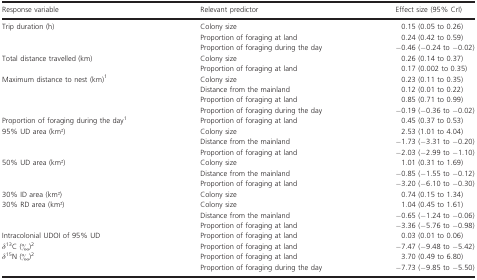
<table><thead><tr><td><b>Response variable</b></td><td><b>Relevant predictor</b></td><td><b>Effect size (95% CrI)</b></td></tr></thead><tbody><tr><td rowspan="3">Trip duration (h)</td><td>Colony size</td><td>0.15 (0.05 to 0.26)</td></tr><tr><td>Proportion of foraging at land</td><td>0.24 (0.42 to 0.59)</td></tr><tr><td>Proportion of foraging during the day</td><td>−0.46 (−0.24 to −0.02)</td></tr><tr><td rowspan="2">Total distance travelled (km)</td><td>Colony size</td><td>0.26 (0.14 to 0.37)</td></tr><tr><td>Proportion of foraging at land</td><td>0.17 (0.002 to 0.35)</td></tr><tr><td rowspan="4">Maximum distance to nest (km)a</td><td>Colony size</td><td>0.23 (0.11 to 0.35)</td></tr><tr><td>Distance from the mainland</td><td>0.12 (0.01 to 0.22)</td></tr><tr><td>Proportion of foraging at land</td><td>0.85 (0.71 to 0.99)</td></tr><tr><td>Proportion of foraging during the day</td><td>−0.19 (−0.36 to −0.02)</td></tr><tr><td>Proportion of foraging during the daya</td><td>Proportion of foraging at land</td><td>0.45 (0.37 to 0.53)</td></tr><tr><td rowspan="3">95% UD area (km2)</td><td>Colony size</td><td>2.53 (1.01 to 4.04)</td></tr><tr><td>Distance from the mainland</td><td>−1.73 (−3.31 to −0.20)</td></tr><tr><td>Proportion of foraging at land</td><td>−2.03 (−2.99 to −1.10)</td></tr><tr><td rowspan="3">50% UD area (km2)</td><td>Colony size</td><td>1.01 (0.31 to 1.69)</td></tr><tr><td>Distance from the mainland</td><td>−0.85 (−1.55 to −0.12)</td></tr><tr><td>Proportion of foraging at land</td><td>−3.20 (−6.10 to −0.30)</td></tr><tr><td>30% ID area (km2)</td><td>Colony size</td><td>0.74 (0.15 to 1.34)</td></tr><tr><td rowspan="3">30% RD area (km2)</td><td>Colony size</td><td>1.04 (0.45 to 1.61)</td></tr><tr><td>Distance from the mainland</td><td>−0.65 (−1.24 to −0.06)</td></tr><tr><td>Proportion of foraging at land</td><td>−3.36 (−5.76 to −0.98)</td></tr><tr><td>Intracolonial UDOI of 95% UD</td><td>Proportion of foraging at land</td><td>0.03 (0.01 to 0.06)</td></tr><tr><td><i>δ</i><sup>13</sup>C (‰)b</td><td>Proportion of foraging at land</td><td>−7.47 (−9.48 to −5.42)</td></tr><tr><td rowspan="2"><i>δ</i><sup>15</sup>N (‰)b</td><td>Proportion of foraging at land</td><td>3.70 (0.49 to 6.80)</td></tr><tr><td>Proportion of foraging during the day</td><td>−7.73 (−9.85 to −5.50)</td></tr></tbody></table>